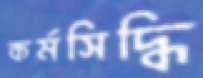
কর্মসিদ্ধি